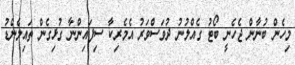
މިހެން ބުނާން ޖެހެނީ ބޯޓު ގެއްލުނު ދުވަސްވަރު އެމެރިކާ ސިފައިންނާ ގުޅިގެން ތައިލެންޑު